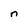
Character: n